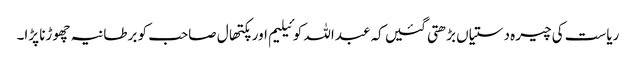
ریاست کی چیرہ دستیاں بڑھتی گئیں کہ عبداللہ کوئیلیم اور پکتھال صاحب کو برطانیہ چھوڑنا پڑا۔